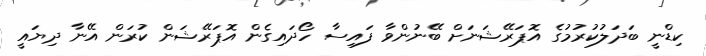
ކިޑްނީ ބަދަލުކުރުމުގެ އޮޕަރޭޝަނަށް ބޭނުންވާ ފައިސާ ހޯދައިގެން އޮޕަރޭޝަން ކުރަން އޭނާ ދިޔައީ